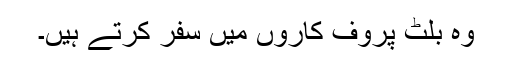
وہ بلٹ پروف کاروں میں سفر کرتے ہیں۔